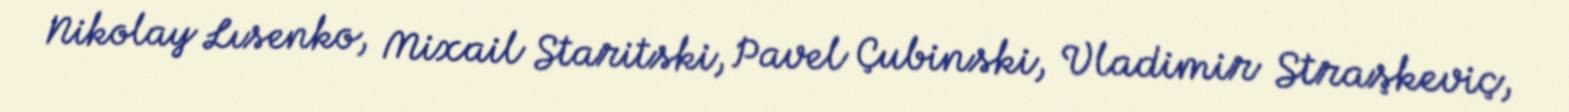
Nikolay Lısenko, Mixail Staritski, Pavel Çubinski, Vladimir Straşkeviç,